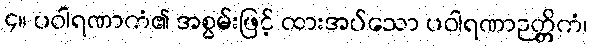
၄။ ပဝါရဏာကံ၏ အစွမ်းဖြင့် ထားအပ်သော ပဝါရဏာဉတ္တိကံ၊